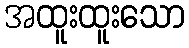
အထူးထူးသော